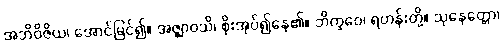
အဘိဝိဇိယ၊ အောင်မြင်၍။ အဇ္ဈာဝသိ၊ စိုးအုပ်၍နေ၏။ ဘိက္ခဝေ၊ ရဟန်းတို့။ သုနေတ္တော၊